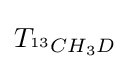
T_{^{13}CH_{3}D}